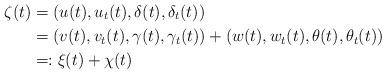
LaTeX: \begin{align*}\zeta(t) & = (u(t),u_t(t),\delta(t),\delta_t(t)) \\ & = \left( v(t),v_t(t),\gamma(t),\gamma_t(t) \right) + \left( w(t),w_t(t),\theta(t),\theta_t(t) \right) \\& =: \xi(t) + \chi(t) \end{align*}